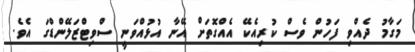
މަގާމު ދެއްވި ފަހުން ވެސް ކުރިއެކޭ އެއްގޮތަށް އޭނާ އުޅުއްވަނީ ސްވިޓްޒަލޭންޑްގަ އެވެ.